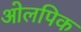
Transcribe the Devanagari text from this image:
ओलपिक